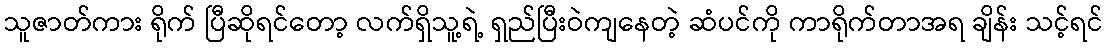
သူဇာတ်ကား ရိုက် ပြီဆိုရင်တော့ လက်ရှိသူ့ရဲ့ ရှည်ပြီးဝဲကျနေတဲ့ ဆံပင်ကို ကာရိုက်တာအရ ချိန်း သင့်ရင်